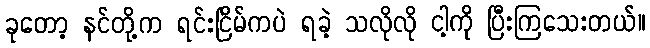
ခုတော့ နင်တို့က ရင်းငြိမ်ကပဲ ရခဲ့ သလိုလို ငါ့ကို ပြီးကြသေးတယ်။